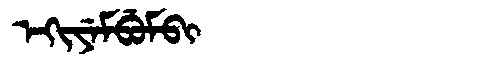
Manchu: ᡝᡴᡳᠶᡝᠮᠪᡠᠮᠪᡳ
Romanization: EKIYEMBUMBI